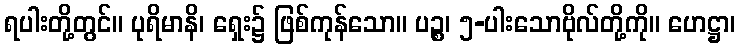
ရပါးတို့တွင်။ ပုရိမာနိ၊ ရှေး၌ ဖြစ်ကုန်သော။ ပဉ္စ၊ ၅-ပါးသောဗိုလ်တို့ကို။ ဟေဋ္ဌာ၊